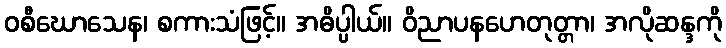
ဝစီဃောသေန၊ စကားသံဖြင့်။ အဓိပ္ပါယ်။ ဝိညာပနဟေတုတ္တာ၊ အလိုဆန္ဒကို